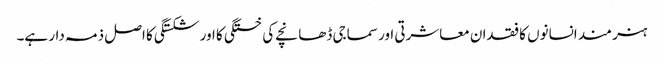
ہنر مند انسانوں کا فقدان معاشرتی اور سماجی ڈھانچے کی خستگی کا اور شکستگی کا اصل ذمہ دار ہے۔